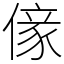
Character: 𠎵